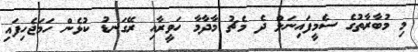
މި މުބާރާތުގެ ސެމީފައިނަލް ދެ މެޗު މާދާމާ ހަވީރާއި ރޭގަނޑު ކުޅެން ހަމަޖެހިފައި